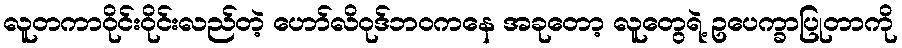
လူတကာဝိုင်းဝိုင်းလည်တဲ့ ဟော်လိဝုဒ်ဘဝကနေ အခုတော့ လူတွေရဲ့ ဥပေက္ခာပြုတာကို